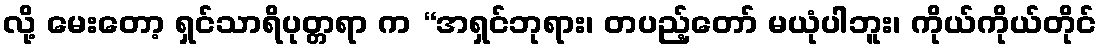
လို့ မေးတော့ ရှင်သာရိပုတ္တရာ က “အရှင်ဘုရား၊ တပည့်တော် မယုံပါဘူး၊ ကိုယ်ကိုယ်တိုင်